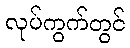
လုပ်ကွက်တွင်